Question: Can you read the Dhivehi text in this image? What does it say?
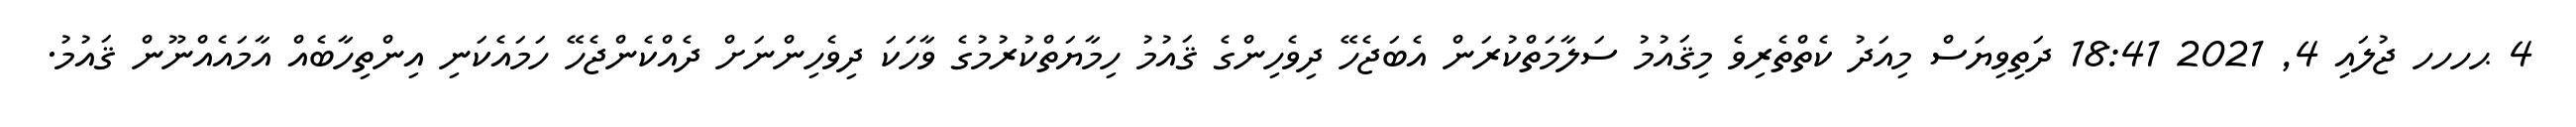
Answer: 4 ޙހހހ ޖުލައި 4, 2021 18:41 ދަތިވިޔަސް މިއަދު ކެތްތެރިވެ މިޤައުމު ސަލާމަތްކުރަން އެބަޖެހޭ ދިވެހިންގެ ޤައުމު ހިމާޔަތްކުރުމުގެ ވާހަކަ ދިވެހިންނަށް ދެއްކެންޖެހޭ ހަމައެކަނި އިންތިހާބެއް އާމައެއްނޫން ޤައުމު.